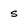
Character: s